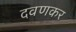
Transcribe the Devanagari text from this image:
दवणकर